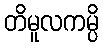
တိမူလကမ္ပိ